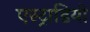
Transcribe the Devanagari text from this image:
एस्ट्राडियो